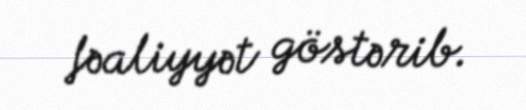
fəaliyyət göstərib.